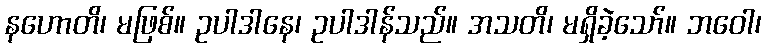
နဟောတိ၊ မဖြစ်။ ဥပါဒါနေ၊ ဥပါဒါန်သည်။ အသတိ၊ မရှိခဲ့သော်။ ဘဝေါ၊